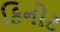
કિનોટ